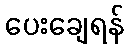
ပေးချေရန်